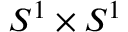
S ^ { 1 } \times S ^ { 1 }